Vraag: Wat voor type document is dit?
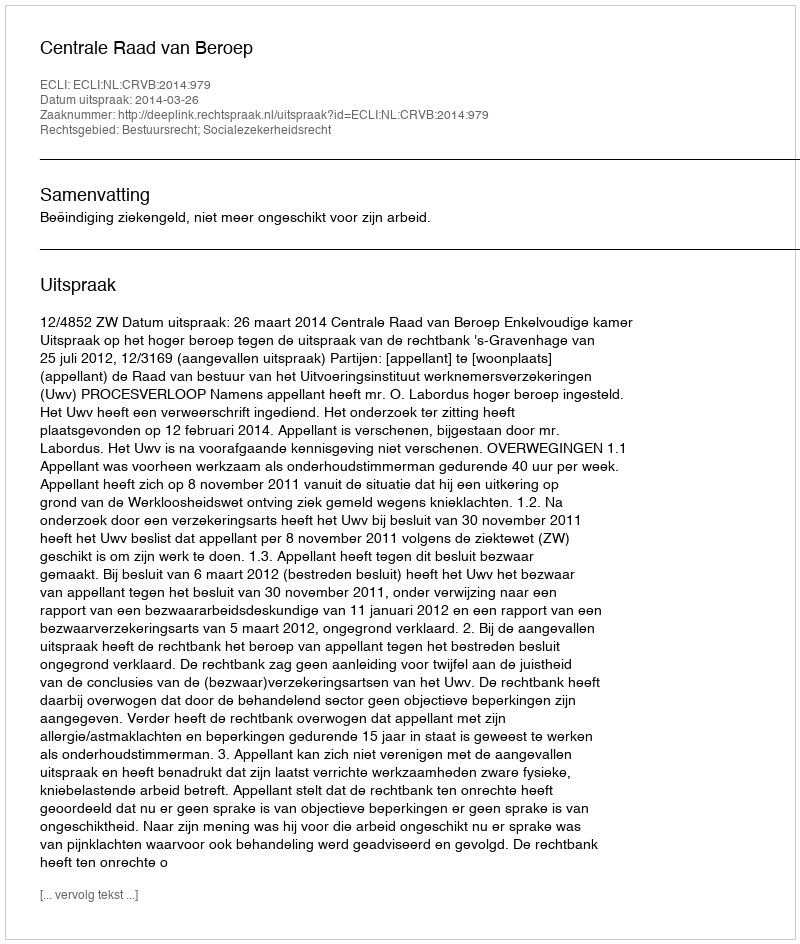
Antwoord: Uitspraak